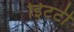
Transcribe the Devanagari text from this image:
इिटटी